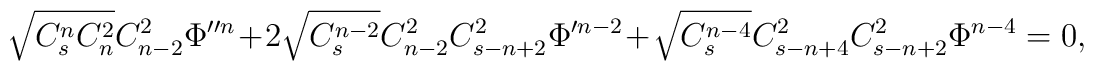
\sqrt{C^n_sC^2_n}C^2_{n-2}\Phi''^n+2\sqrt{C^{n-2}_s}C^2_{n-2}C^2_{s-n+2}\Phi'^{n-2}+ \sqrt{C^{n-4}_s}C^2_{s-n+4}C^2_{s-n+2}\Phi^{n-4}=0,